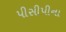
પીસીપીના